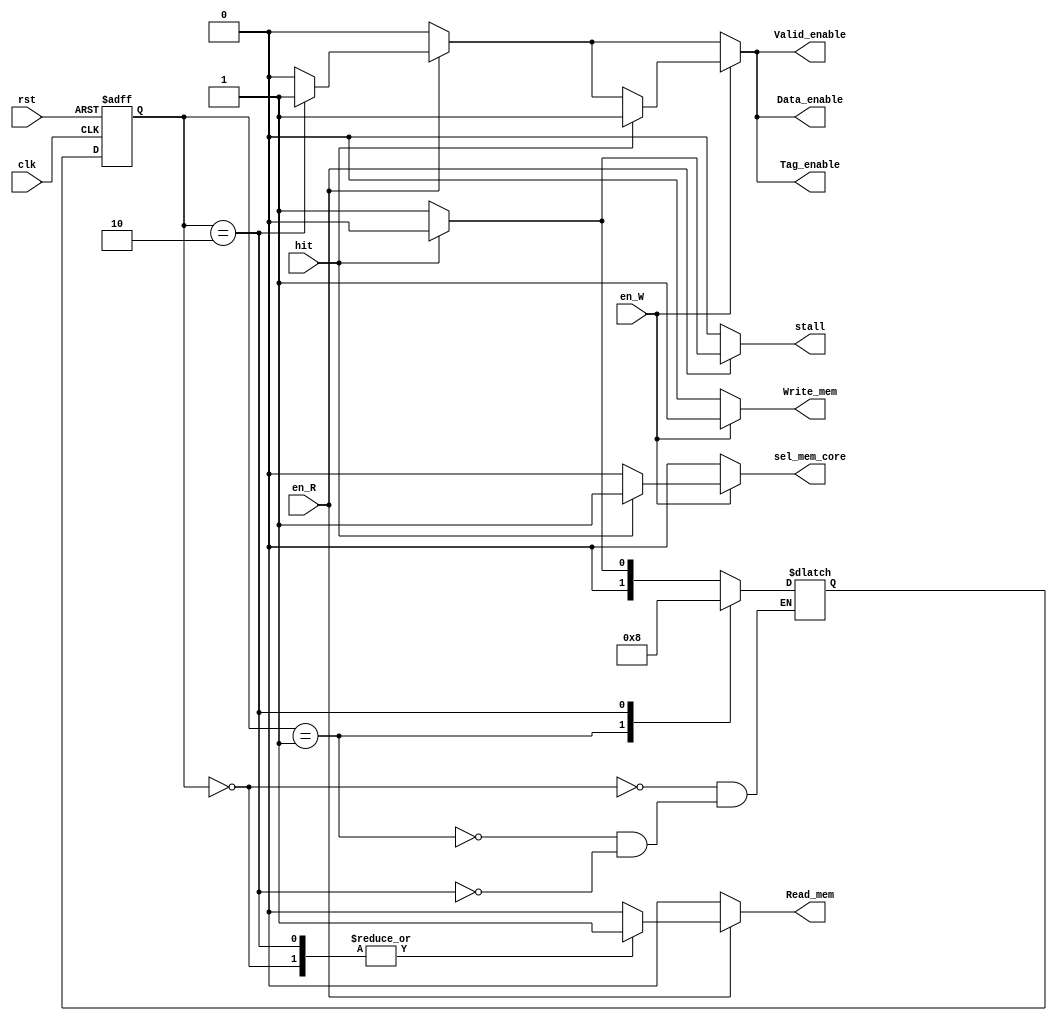
// Cache Control

module Cache_Control ( 
					   clk,
					   rst,
					   // input
					   en_R,
					   en_W,
					   hit,
					   // output
					   Read_mem,
					   Write_mem,
					   Valid_enable,
					   Tag_enable,
					   Data_enable,
					   sel_mem_core,
					   stall
					   );
	
	input clk, rst;
	input en_R;
	input en_W;
    input hit;
	
	output Read_mem;
	output Write_mem;
	output Valid_enable;
	output Tag_enable;
	output Data_enable;
	output sel_mem_core;		// 0 data from mem, 1 data from core
	output stall;
	reg Read_mem;
	reg Write_mem;
	reg Valid_enable;
	reg Tag_enable;
	reg Data_enable;
	reg sel_mem_core;
	reg stall;	
	
	parameter Read_mode	 = 2'b10,
			  Write_mode = 2'b01;
	
	// read state
	parameter R_Idle		 = 0,
			  R_wait		 = 1,
			  R_Read_Memory	 = 2;
	
	reg [1:0] cur_R_state;
	reg [1:0] nxt_R_state;
	
	wire Read_Miss;
	assign Read_Miss = !hit;/*please fill here*/
	
	// write state
	parameter Write_Miss = 0,
			  Write_Hit	 = 1;
	
	// FSM circuit
	always @ (*) begin
		// if read miss, to R_Read_Memory state
		case (cur_R_state)
		R_Idle			 : nxt_R_state = Read_Miss ?
										 R_wait : R_Idle;
		R_wait			 : nxt_R_state = R_Read_Memory;
		R_Read_Memory	 : nxt_R_state = R_Idle;
		endcase
	end
	
	// main circuit
	always @ (*) begin
		Read_mem	 = 0;
		Write_mem	 = 0;
		Valid_enable 	 = 0;
		Tag_enable	 = 0;
		Data_enable	 = 0;
		sel_mem_core 	 = 0; //default is 0 ; select data from memory
		stall = 0;
		
		if(en_R)
		begin
			if(!hit)
				stall = 1;
				
			case(cur_R_state)
			R_Idle:
			begin
				Read_mem = 1;
			end
			R_Read_Memory:
			begin
				Read_mem = 1;
				Data_enable = 1;
				Valid_enable = 1;
				Tag_enable = 1;
			end
			endcase
		end
		if(en_W)
		begin
			Write_mem = 1;
			if(hit)
			begin
				sel_mem_core = 1;
				Data_enable = 1;
				Valid_enable = 1;
				Tag_enable = 1;
			end
		end
		
	end
	
	always @ (posedge clk or posedge rst) begin
		if (rst) begin
			cur_R_state <= R_Idle;
		end
		else begin
			cur_R_state <= nxt_R_state;	
		end
	end
	
endmodule